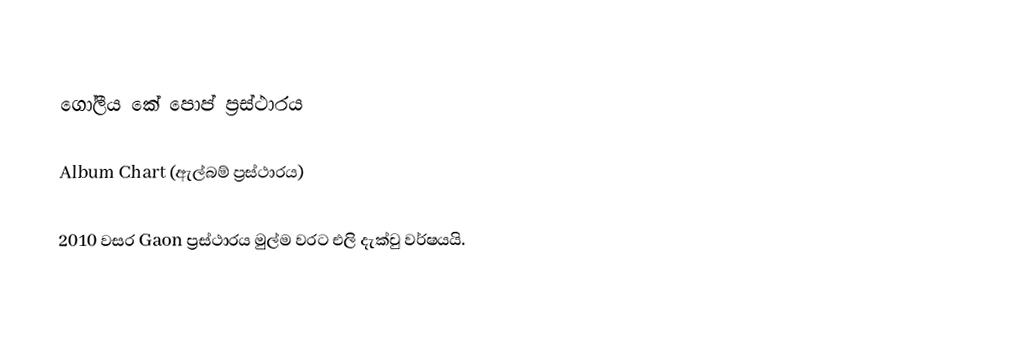

ගෝලීය කේ පොප් ප්‍රස්ථාරය

Album Chart (ඇල්බම් ප්‍රස්ථාරය)

2010 වසර Gaon ප්‍රස්ථාරය මුල්ම වරට එලි දැක්වු වර්ෂයයි.